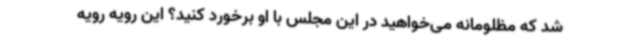
شد که مظلومانه می‌خواهید در این مجلس با او برخورد کنید؟ این رویه رویه‌